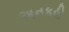
અનકહી